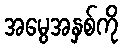
အမွေအနှစ်ကို